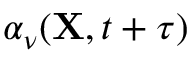
\alpha _ { \nu } ( { \bf X } , t + \tau )